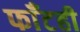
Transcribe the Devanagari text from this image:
फाँटही